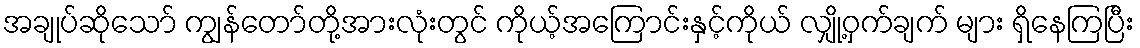
အချုပ်ဆိုသော် ကျွန်တော်တို့အားလုံးတွင် ကိုယ့်အကြောင်းနှင့်ကိုယ် လျှို့ဝှက်ချက် များ ရှိနေကြပြီး